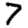
Digit: 7